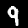
Digit: 9